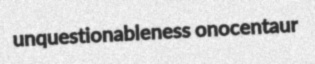
unquestionableness onocentaur